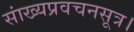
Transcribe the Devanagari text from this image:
सांख्यप्रवचनसूत्र।